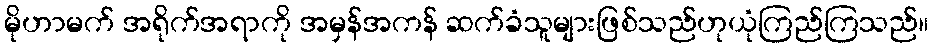
မိုဟာမက် အရိုက်အရာကို အမှန်အကန် ဆက်ခံသူများဖြစ်သည်ဟုယုံကြည်ကြသည်။